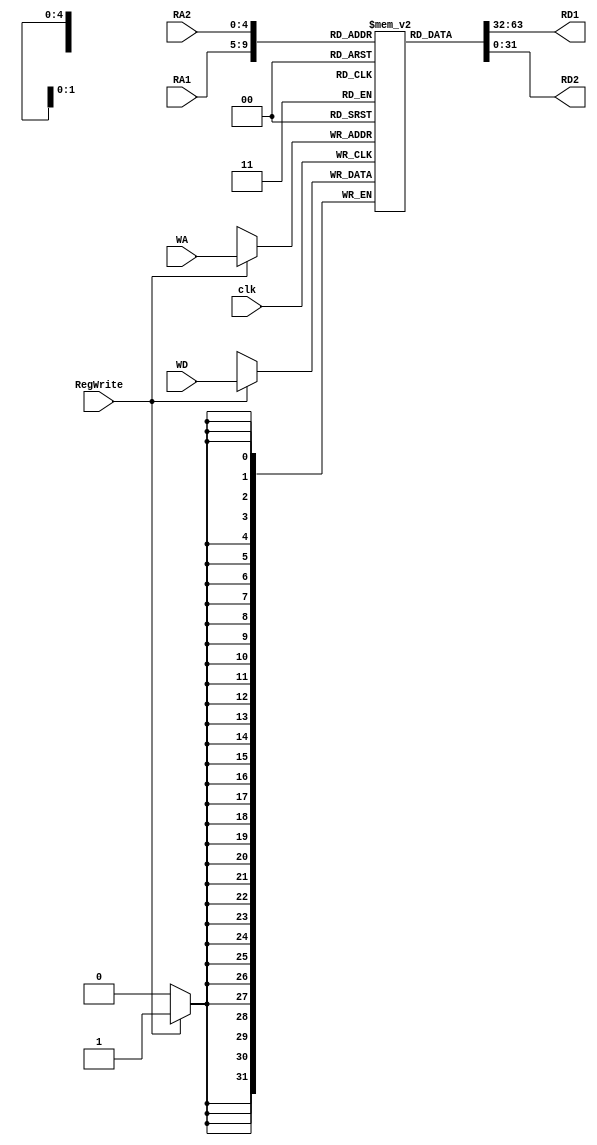
module rf(
    input [4:0]RA1, //read address of reg1
    input [4:0]RA2, //read address of reg2
    input [4:0]WA, //write address
    input [31:0]WD,
    input RegWrite,
    input clk,
    output wire [31:0]RD1,
    output wire [31:0]RD2
);
    reg [31:0]register[31:0];
    integer node;
    initial
    begin
        register[0] = 0;
        node = 0;
    end
    
    always@(posedge clk)begin
        if(RegWrite == 1)begin
            register[WA] <= WD;
        end
        for(node=0; node<32; node=node+1)begin
            $display("register[%d] = 0x%x", node, register[node]);
        end
    end
    assign RD1 = register[RA1];
    assign RD2 = register[RA2];

endmodule